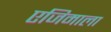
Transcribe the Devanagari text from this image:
एजिमाला